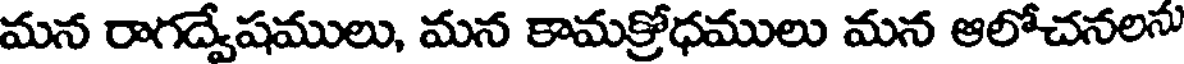
మన రాగద్వేషములు, మన కామక్రోధములు మన ఆలోచనలను